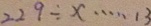
2 2 9 \div x \cdots 1 3